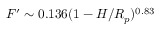
F ^ { \prime } \sim 0 . 1 3 6 ( 1 - H / R _ { p } ) ^ { 0 . 8 3 }